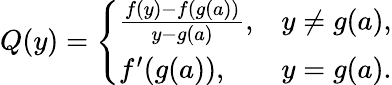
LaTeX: Q(y)={\left\{ \begin{array}{ll}{{\frac{f(y)-f(g(a))}{y-g(a)}},}&{y\neq g(a),}\\ {f^{\prime}(g(a)),}&{y=g(a).}\end{array}\right.}